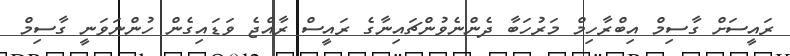
ރައީސަށް ގާސިމް އިބްރާހިމް މަރުހަބާ ދެންނެވުންޗައިނާގެ ރައީސް ރާއްޖެ ވަޑައިގެން ހުންނަވަނީ ގާސިމް